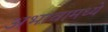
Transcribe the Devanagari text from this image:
अभावामध्ये